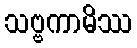
သဗ္ဗကာမိဿ